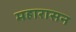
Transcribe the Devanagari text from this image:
महारासन